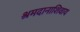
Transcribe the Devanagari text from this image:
श्रमदानाशिवाय